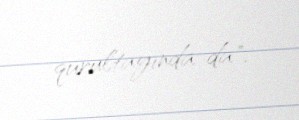
qurultayında da".